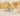
بهذا